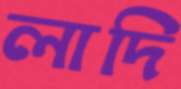
লাদি